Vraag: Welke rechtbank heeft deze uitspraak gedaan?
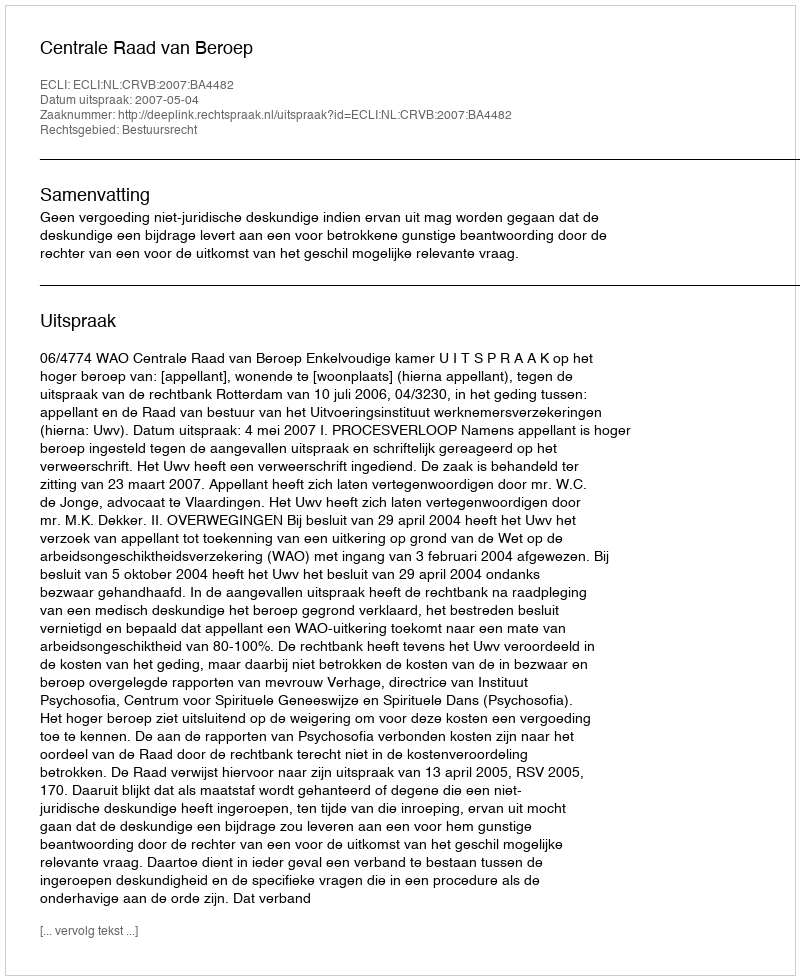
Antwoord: Centrale Raad van Beroep